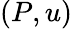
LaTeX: (P,u)